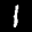
Label: 1